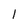
Character: 1